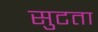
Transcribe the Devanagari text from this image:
सुटता